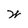
Character: W